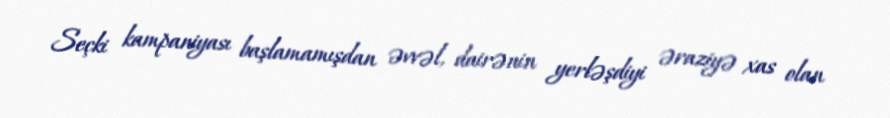
Seçki kampaniyası başlamamışdan əvvəl, dairənin yerləşdiyi əraziyə xas olan